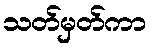
သတ်မှတ်ကာ